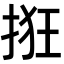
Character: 𫼺